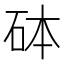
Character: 砵